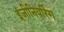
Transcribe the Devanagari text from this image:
इंजीनियरिंग